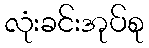
လုံးခင်းအုပ်စု